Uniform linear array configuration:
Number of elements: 24
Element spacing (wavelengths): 1
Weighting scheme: exponential
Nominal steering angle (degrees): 30
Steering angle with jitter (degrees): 31.923
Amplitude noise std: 0.05
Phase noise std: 0.05

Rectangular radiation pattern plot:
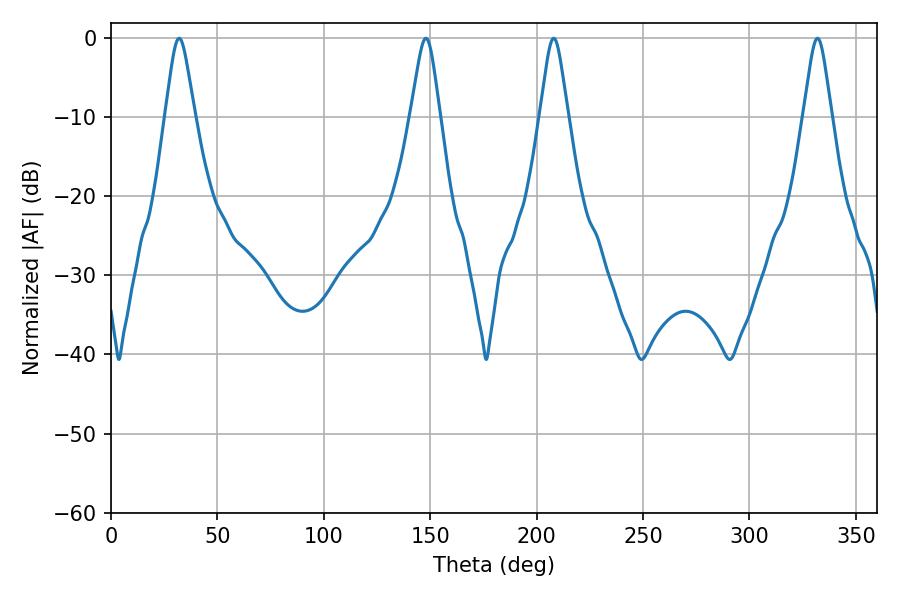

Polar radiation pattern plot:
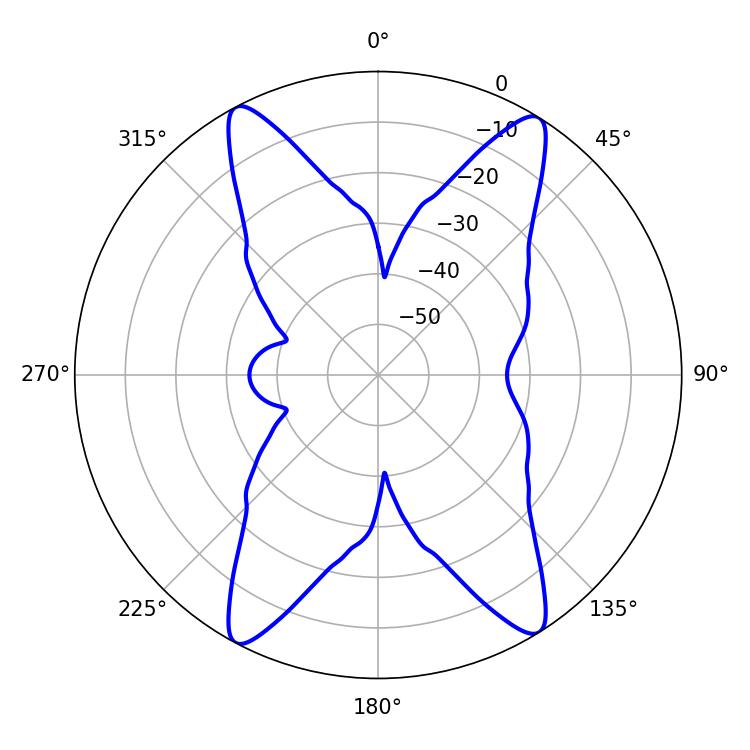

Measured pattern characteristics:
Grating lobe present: TRUE
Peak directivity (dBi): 19.006
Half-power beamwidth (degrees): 6.66
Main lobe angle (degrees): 32.04